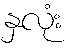
နှလုံး